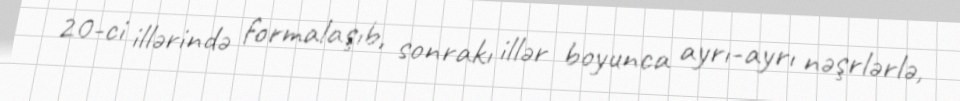
20-ci illərində formalaşıb, sonrakı illər boyunca ayrı-ayrı nəşrlərlə,